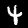
Label: 4